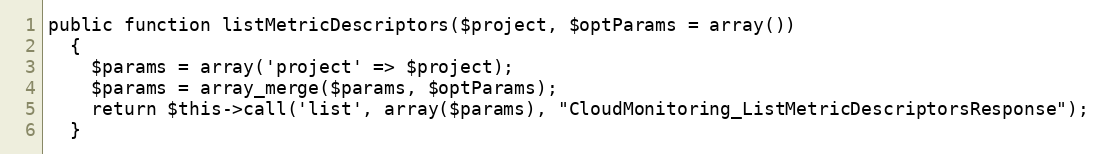
Language: PHP
public function listMetricDescriptors($project, $optParams = array())
  {
    $params = array('project' => $project);
    $params = array_merge($params, $optParams);
    return $this->call('list', array($params), "CloudMonitoring_ListMetricDescriptorsResponse");
  }